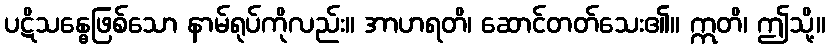
ပဋိသန္ဓေဖြစ်သော နာမ်ရုပ်ကိုလည်း။ အာဟရတိ၊ ဆောင်တတ်သေး၏။ ဣတိ၊ ဤသို့။